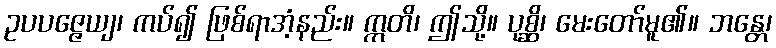
ဥပပဇ္ဇေယျ၊ ကပ်၍ ဖြစ်ရာအံ့နည်း။ ဣတိ၊ ဤသို့။ ပုစ္ဆိ၊ မေးတော်မူ၏။ ဘန္တေ၊